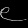
Digit: ၉